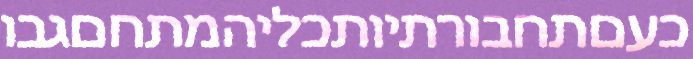
כעםתחבורתיותכליהמתחםגבו